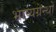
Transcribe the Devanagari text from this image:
भाष्यग्रन्थों